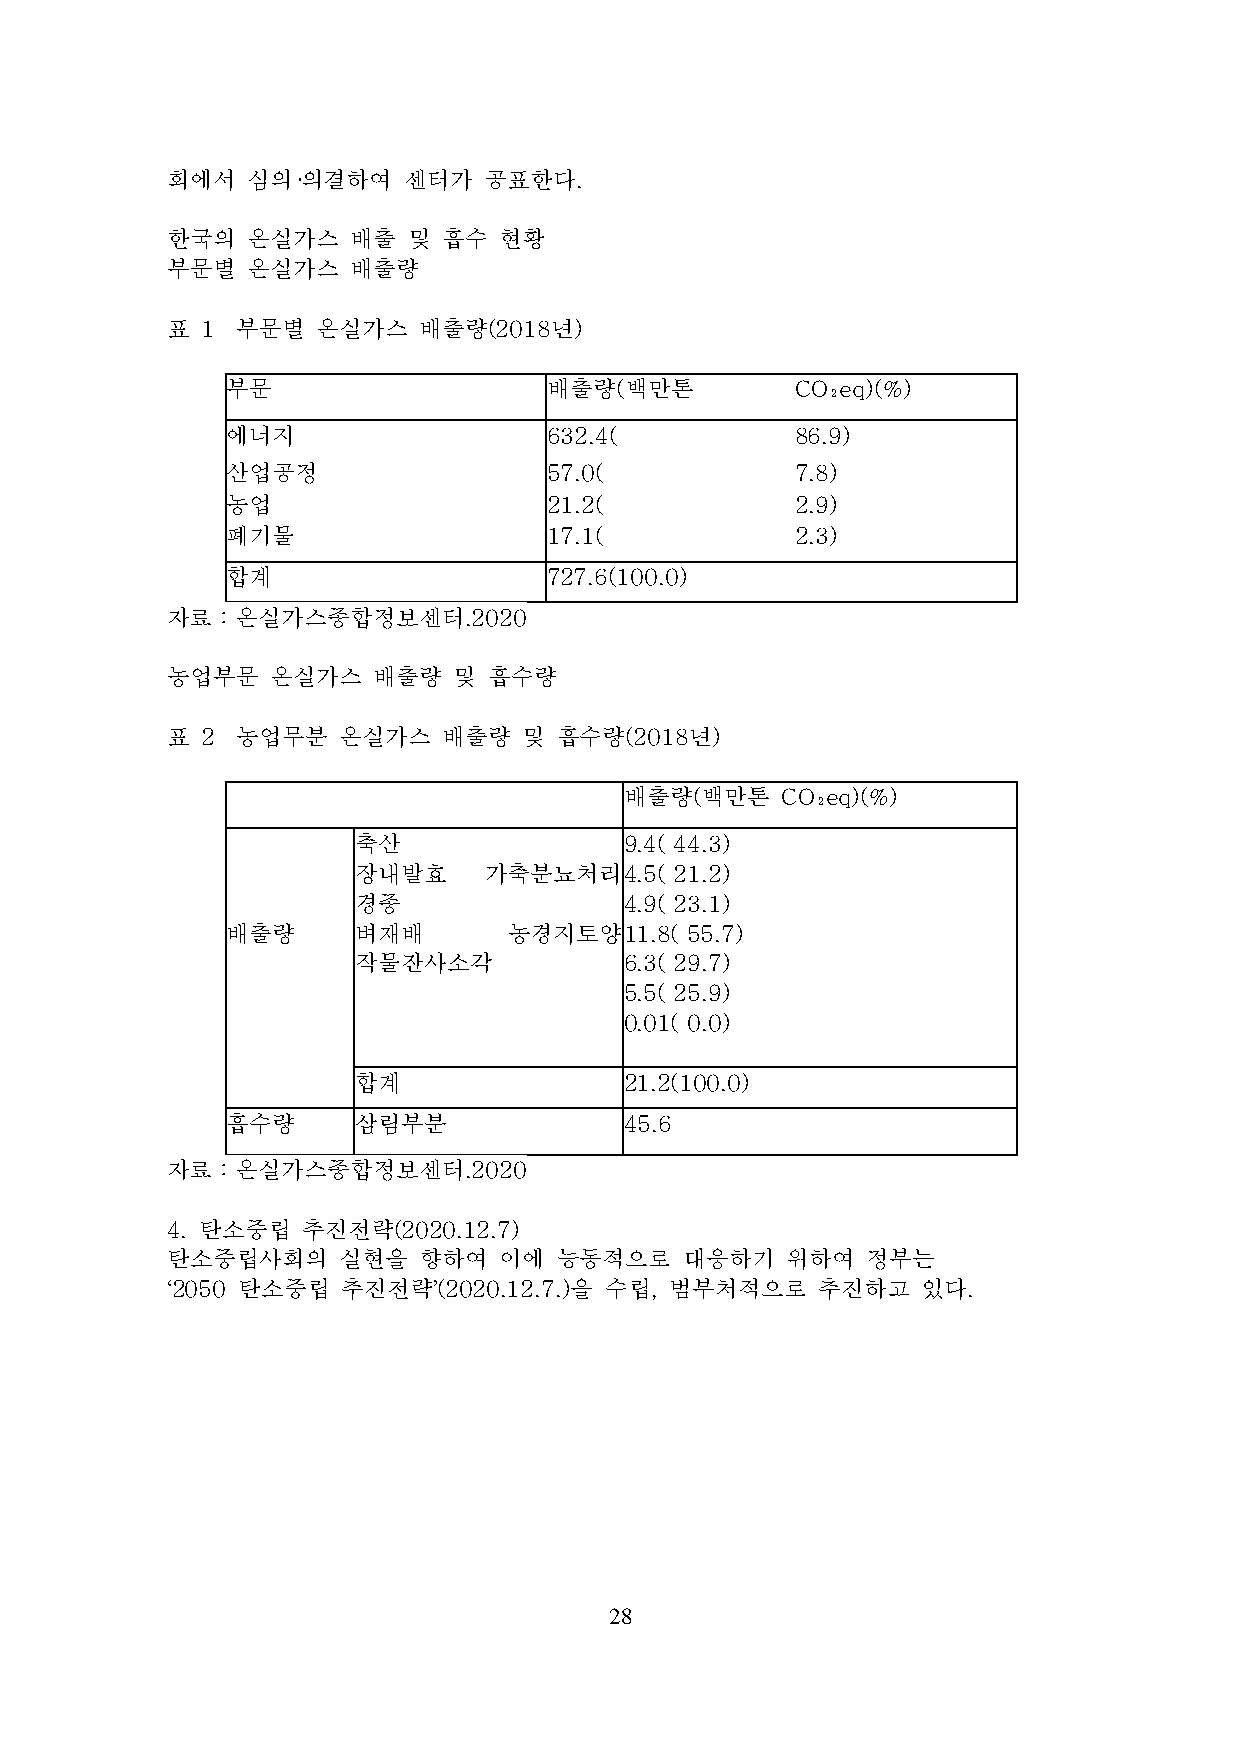
회에서  심의·의결하여    센터가  공표한다.
 한국의  온실가스   배출  및 흡수  현황
 부문별  온실가스   배출량
 표 1  부문별  온실가스   배출량(2018년)
 부문                   배출량(백만톤          CO₂eq)(%)
 에너지                  632.4(           86.9)
 산업공정                 57.0(            7.8)
 농업                   21.2(            2.9)
 폐기물                  17.1(            2.3)
 합계                   727.6(100.0)
 자료：온실가스종합정보센터.2020
 농업부문   온실가스   배출량  및 흡수량
 표 2  농업무분  온실가스   배출량   및 흡수량(2018년)
 배출량(백만톤    CO₂eq)(%)
 축산                9.4( 44.3)
 장내발효     가축분뇨처리   4.5( 21.2)
 경종                4.9( 23.1)
 배출량     벼재배        농경지토양  11.8( 55.7)
 작물잔사소각            6.3( 29.7)
 5.5( 25.9)
 0.01( 0.0)
 합계                21.2(100.0)
 흡수량     삼림부분              45.6
 자료：온실가스종합정보센터.2020
 4. 탄소중립  추진전략(2020.12.7)
 탄소중립사회의    실현을   향하여  이에  능동적으로   대응하기   위하여  정부는
 ‘2050 탄소중립  추진전략’(2020.12.7.)을 수립, 범부처적으로  추진하고   있다.
 28